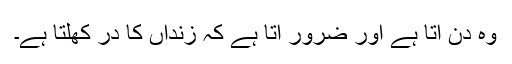
وہ دن آتا ہے اور ضرور آتا ہے کہ زنداں کا در کھلتا ہے۔